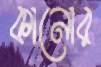
কানোর